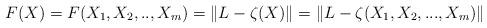
LaTeX: \begin{align*}F(X)=F(X_1,X_2,..,X_m)=\|L-\zeta(X) \|=\|L-\zeta(X_1,X_2,...,X_m) \|\end{align*}